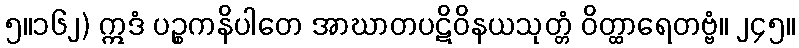
၅။၁၆၂) ဣဒံ ပဉ္စကနိပါတေ အာဃာတပဋိဝိနယသုတ္တံ ဝိတ္ထာရေတဗ္ဗံ။ ၂၄၅။